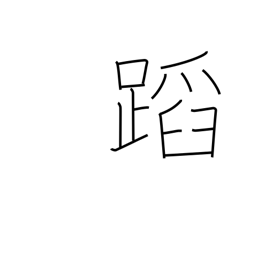
Meaning: appraise